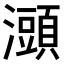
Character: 𤃌